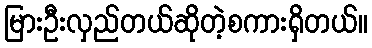
မြားဦးလှည်တယ်ဆိုတဲ့စကားရှိတယ်။